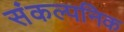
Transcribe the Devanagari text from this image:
संकल्पनिक